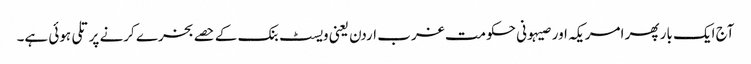
آج ایک بار پھر امریکہ اور صیہونی حکومت غرب اردن یعنی ویسٹ بنک کے حصے بخرے کرنے پر تلی ہوئی ہے۔